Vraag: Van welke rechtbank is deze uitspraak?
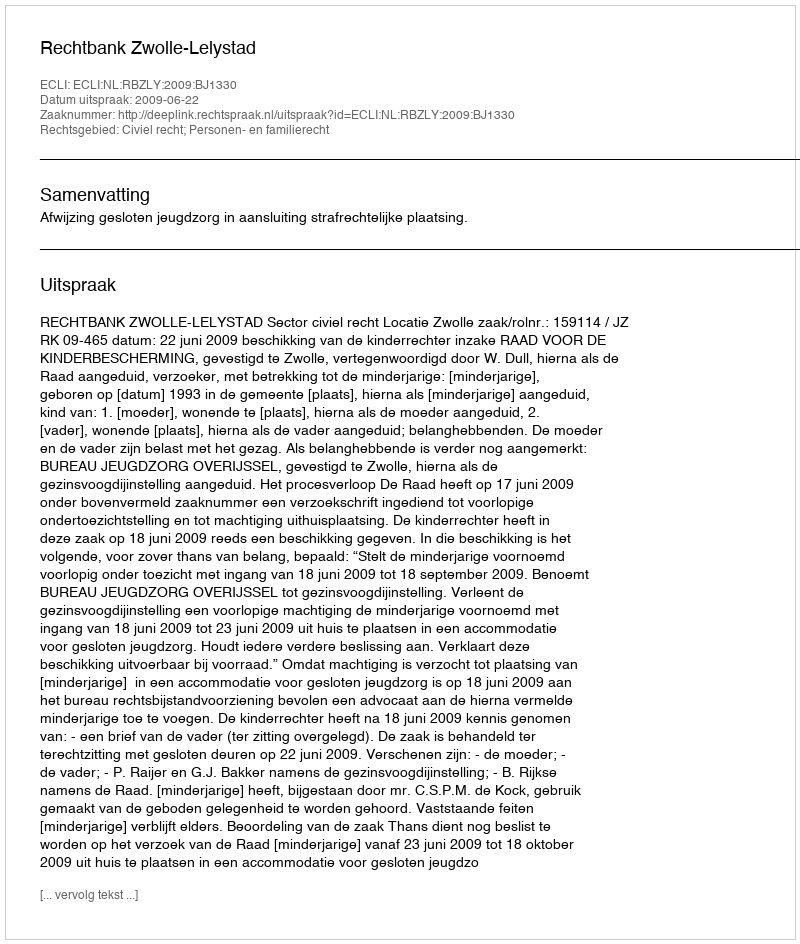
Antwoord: Rechtbank Zwolle-Lelystad